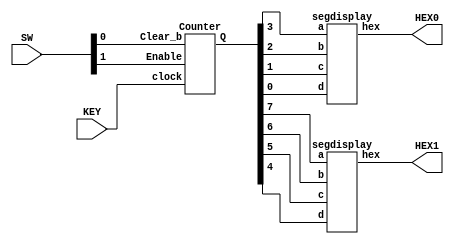
module lab5part1(HEX0, HEX1, KEY, SW);
	input [0:0]KEY;
	input [1:0] SW;
	output [6:0] HEX0, HEX1;
	
	wire [7:0] Q;
		
	Counter c1(
		.Enable(SW[1]),
		.clock(KEY[0]),
		.Clear_b(SW[0]),
		.Q(Q[7:0])
		);
			
	segdisplay hex0 (
		.a(Q[3]),
		.b(Q[2]),
		.c(Q[1]),
		.d(Q[0]),
		.hex(HEX0)
		);
	
	segdisplay hex1 (
		.a(Q[7]),
		.b(Q[6]),
		.c(Q[5]),
		.d(Q[4]),
		.hex(HEX1)
		);
endmodule

module Counter(Enable, clock, Clear_b, Q);
	input Enable;
	input clock;
	input Clear_b;
	output [7:0]Q;
	
	wire [6:0]andconnector;
	
	assign andconnector[0] = Enable & Q[0];
	assign andconnector[1] = andconnector[0] & Q[1];
	assign andconnector[2] = andconnector[1] & Q[2];
	assign andconnector[3] = andconnector[2] & Q[3];
	assign andconnector[4] = andconnector[3] & Q[4];
	assign andconnector[5] = andconnector[4] & Q[5];
	assign andconnector[6] = andconnector[5] & Q[6];
	
	Tflipflop t0(
			.t(Enable),
			.q(Q[0]),
			.clock(clock),
			.Clear_b(Clear_b)
			);
	
	Tflipflop t1(
			.t(andconnector[0]),
			.q(Q[1]),
			.clock(clock),
			.Clear_b(Clear_b)
			);

	Tflipflop t2(
			.t(andconnector[1]),
			.q(Q[2]),
			.clock(clock),
			.Clear_b(Clear_b)
			);

	Tflipflop t3(
			.t(andconnector[2]),
			.q(Q[3]),
			.clock(clock),
			.Clear_b(Clear_b)
			);

	Tflipflop t4(
			.t(andconnector[3]),
			.q(Q[4]),
			.clock(clock),
			.Clear_b(Clear_b)
			);

	Tflipflop t5(
			.t(andconnector[4]),
			.q(Q[5]),
			.clock(clock),
			.Clear_b(Clear_b)
			);

	Tflipflop t6(
			.t(andconnector[5]),
			.q(Q[6]),
			.clock(clock),
			.Clear_b(Clear_b)
			);

	Tflipflop t7(
			.t(andconnector[6]),
			.q(Q[7]),
			.clock(clock),
			.Clear_b(Clear_b)
			);


endmodule

module Tflipflop(t, q, clock, Clear_b);
	input t;
	input clock;
	input Clear_b;
	output reg q;

	always @(posedge clock, negedge Clear_b)
	begin
		if (Clear_b == 1'b0)
			q <= 0; 
		else if(t == 1'b1)
			q <= ~q;
		else
			q <= q;
	end
	
endmodule

module segdisplay(a, b, c, d, hex);
	input a;
	input b;
	input c;
	input d;
	
	output [6:0] hex;
	
	assign hex[0] = (~a & ~b & ~c & d) |
					(~a & b & ~c & ~d) |
					(a & b & ~c & d) | 
					(a & ~b & c & d);
					
	assign hex[1] = (a & b & ~c & ~d) |
					(~a & b & ~c & d) |
					(a & c & d) |
					(b & c & ~d);
					
	assign hex[2] = (~a & ~b & c & ~d) |
					(a & b & ~c & ~d) |
					(a & b & c);
					
	assign hex[3] = (~a & ~b & ~c & d) |
					(~a & b & ~c & ~d) |
					(b & c & d) |
					(a & ~b & c & ~d);
					
	assign hex[4] = (~a & b & ~c & ~d) |
					(~a & d) |
					(a & ~b & ~c & d);
					
	assign hex[5] = (~a & ~b & ~c & d) |
					(~a & ~b & c) |
					(~a & b & c & d) |
					(a & b & ~c & d);
					
	assign hex[6] = (~a & ~b & ~c) |
					(~a & b & c & d) |
					(a & b & ~c & ~d);
endmodule